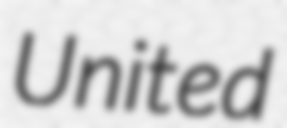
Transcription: United